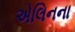
એલિનના